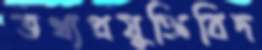
তথ্যপ্রযুক্তিবিদ